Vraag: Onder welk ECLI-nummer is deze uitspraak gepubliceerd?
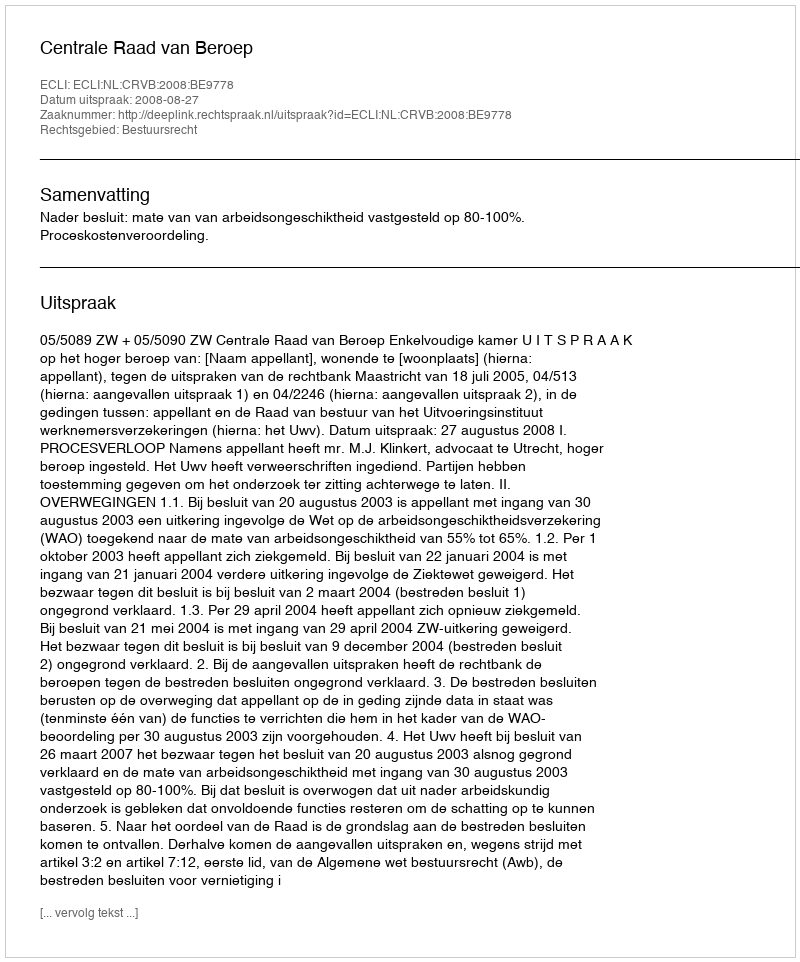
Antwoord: ECLI:NL:CRVB:2008:BE9778